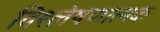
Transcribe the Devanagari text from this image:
विश्‍लेषणात्मक